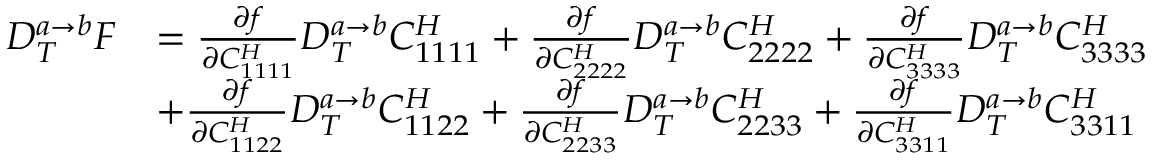
\begin{array} { r l } { D _ { T } ^ { a \rightarrow b } F } & { = \frac { \partial f } { \partial C _ { 1 1 1 1 } ^ { H } } D _ { T } ^ { a \rightarrow b } C _ { 1 1 1 1 } ^ { H } + \frac { \partial f } { \partial C _ { 2 2 2 2 } ^ { H } } D _ { T } ^ { a \rightarrow b } C _ { 2 2 2 2 } ^ { H } + \frac { \partial f } { \partial C _ { 3 3 3 3 } ^ { H } } D _ { T } ^ { a \rightarrow b } C _ { 3 3 3 3 } ^ { H } } \\ & { + \frac { \partial f } { \partial C _ { 1 1 2 2 } ^ { H } } D _ { T } ^ { a \rightarrow b } C _ { 1 1 2 2 } ^ { H } + \frac { \partial f } { \partial C _ { 2 2 3 3 } ^ { H } } D _ { T } ^ { a \rightarrow b } C _ { 2 2 3 3 } ^ { H } + \frac { \partial f } { \partial C _ { 3 3 1 1 } ^ { H } } D _ { T } ^ { a \rightarrow b } C _ { 3 3 1 1 } ^ { H } } \end{array}